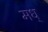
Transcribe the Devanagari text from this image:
मध्